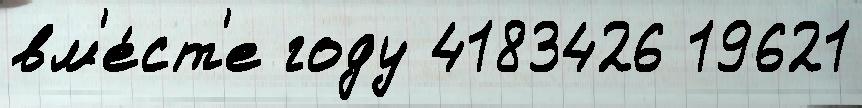
вм'е́ст'е году 4183426 19621